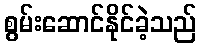
စွမ်းဆောင်နိုင်ခဲ့သည်